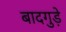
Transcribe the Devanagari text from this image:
बादगुड़े